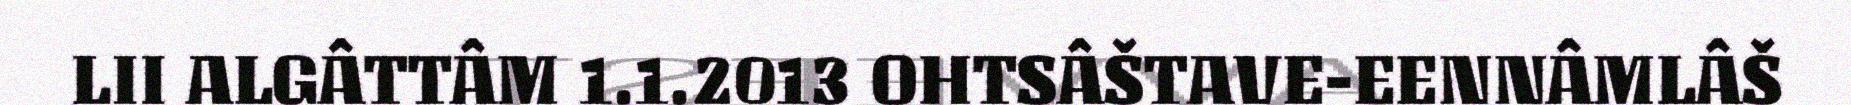
LII ALGÂTTÂM 1.1.2013 OHTSÂŠTAVE-EENNÂMLÂŠ